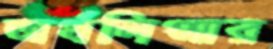
অর্থলিপ্সার